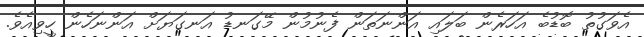
އެވަގުތު ބޮޑުބެ އަހަރެން ބަލައި އަންނަތަން ފެނުމުން މޭގަނޑު އަނގަޔަށް އަންނަހެން ހީވިއެވެ.